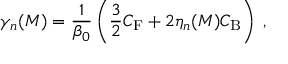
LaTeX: \gamma _ { n } ( M ) = \frac { 1 } { \beta _ { 0 } } \left( \frac { 3 } { 2 } C _ { \mathrm { F } } + 2 \eta _ { n } ( M ) C _ { \mathrm { B } } \right) \; ,